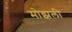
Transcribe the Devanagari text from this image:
मोझली